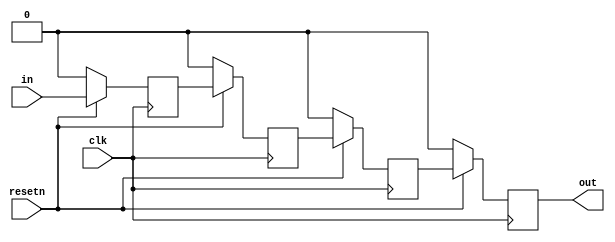
module top_module (
    input clk,
    input resetn,   // synchronous reset
    input in,
    output out);
    
    wire [2:0]q;
    
    always @ (posedge clk)
        begin
            if (resetn == 0)
                q[2] <= 1'b0;
            else
                begin
                    q[2] <= in;
                end
        end
    
        always @ (posedge clk)
        begin
            if (resetn == 0)
                q[1] <= 1'b0;
            else
                begin
                    q[1] <= q[2];
                end
        end
    
        always @ (posedge clk)
        begin
            if (resetn == 0)
                q[0] <= 1'b0;
            else
                begin
                    q[0] <= q[1];
                end
        end
    
        always @ (posedge clk)
        begin
            if (resetn == 0)
                out <= 1'b0;
            else
                begin
                    out <= q[0];
                end
        end

endmodule